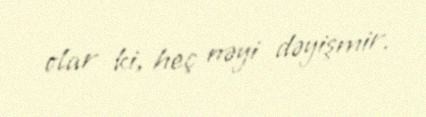
olar ki, heç nəyi dəyişmir.